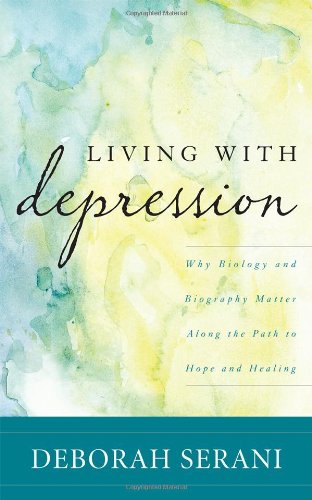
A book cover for Living with Depression: Why Biology and Biography Matter along the Path to Hope and Healing; Deborah Serani PsyD  Professor at Adelphi University and author of Living with Depression; Health, Fitness & Dieting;